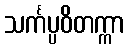
သင်္ကပ္ပဝိတက္ကာ